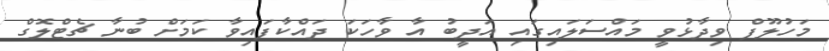
މަހުލޫފް ވިދާޅުވީ މައްސަލައިގައި އަދީބު އާ ވާހަކަ ދައްކާފައިވާ ކަމަށް ބުނާ ޗެޓްލޮގް